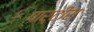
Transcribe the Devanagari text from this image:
पार्टीस